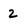
Character: 2